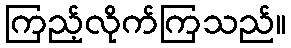
ကြည့်လိုက်ကြသည်။